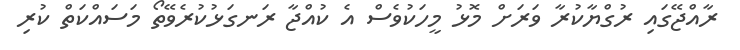
ރާއްޖޭގައި ރުގްޔާކުރާ ވަރަށް މޮޅު މީހަކުވެސް އެ ކުއްޖާ ރަނގަޅުކުރެވޭތޯ މަސައްކަތް ކުރި